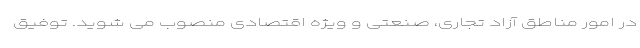
در امور مناطق آزاد تجاری، صنعتی و ویژه اقتصادی منصوب می شوید. توفیق